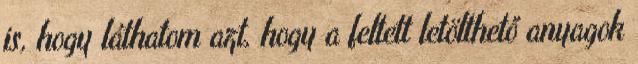
is, hogy láthatom azt, hogy a feltett letölthető anyagok